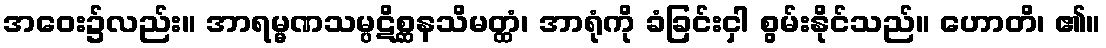
အဝေး၌လည်း။ အာရမ္မဏသမ္ပဋိစ္ဆနသိမတ္ထံ၊ အာရုံကို ခံခြင်းငှါ စွမ်းနိုင်သည်။ ဟောတိ၊ ၏။